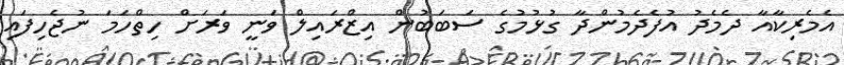
އެމެރިކާއާ ދެމެދު އުފެދެމުންދާ ގުޅުމުގެ ސަބަބުން އިޒްރައިލް ވަނީ ވަރަށް ހިތްހަމަ ނުޖެހިފައި